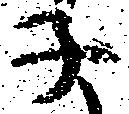
子